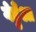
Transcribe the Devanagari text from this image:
गेहुँआ